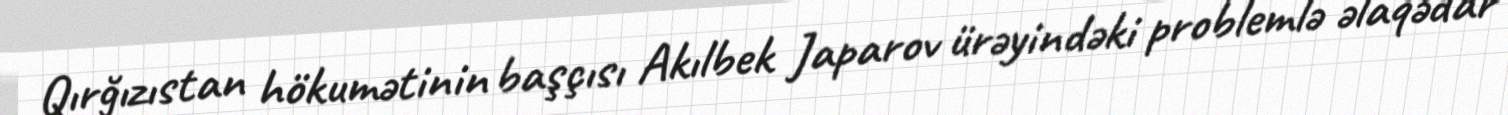
Qırğızıstan hökumətinin başçısı Akılbek Japarov ürəyindəki problemlə əlaqədar